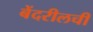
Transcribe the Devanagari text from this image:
बेंदरीलची